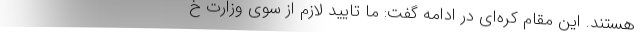
هستند. این مقام کره‌ای در ادامه گفت: ما تایید لازم از سوی وزارت خ